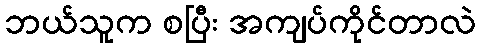
ဘယ်သူက စပြီး အကျပ်ကိုင်တာလဲ